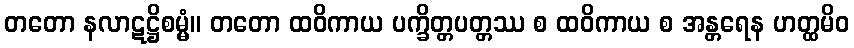
တတော နလာဋဋ္ဌိစမ္မံ။ တတော ထဝိကာယ ပက္ခိတ္တပတ္တဿ စ ထဝိကာယ စ အန္တရေန ဟတ္ထမိဝ